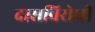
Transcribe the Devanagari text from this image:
दासविरोधी